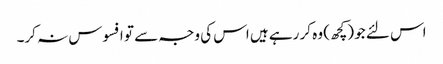
اس لئے جو (کچھ) وہ کر رہے ہیں اس کی وجہ سے تو افسوس نہ کر۔